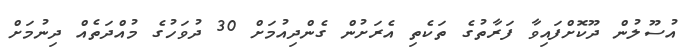
އުސޫލުން ދޫކޮށްފައިވާ ފަރާތުގެ ތަކެތި އެރަށުން ގެންދިއުމަށް 30 ދުވަހުގެ މުއްދަތެއް ދިނުމަށް